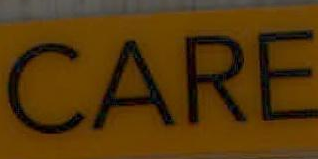
CARE